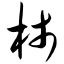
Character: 柿